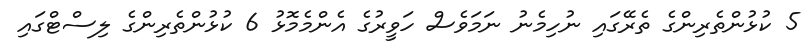
5 ކުޅުންތެރިންގެ ތެރޭގައި ނުހިމެނު ނަމަވެސް ހަވީރުގެ އެންމެމޮޅު 6 ކުޅުންތެރިންގެ ލިސްޓްގައި